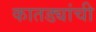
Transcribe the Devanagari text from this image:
कातड्यांची